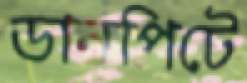
ডানপিটে